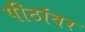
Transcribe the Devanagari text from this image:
पीठांवर